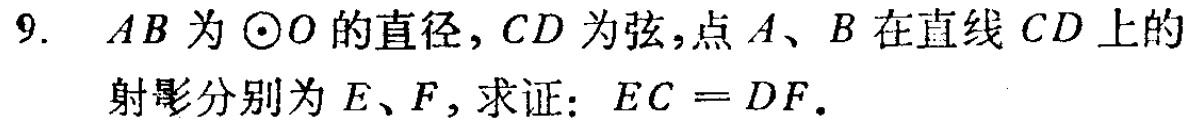
9.  \(AB\)为\(\odot O\)的直径，\(CD\)为弦，点\(A\)、\(B\)在直线\(CD\)上的射影分别为\(E\)、\(F\)，求证：\(EC = DF\).